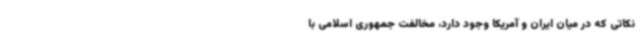
نکاتی که در میان ایران و آمریکا وجود دارد، مخالفت جمهوری اسلامی با